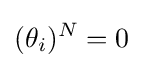
(\theta _{i})^{N}=0